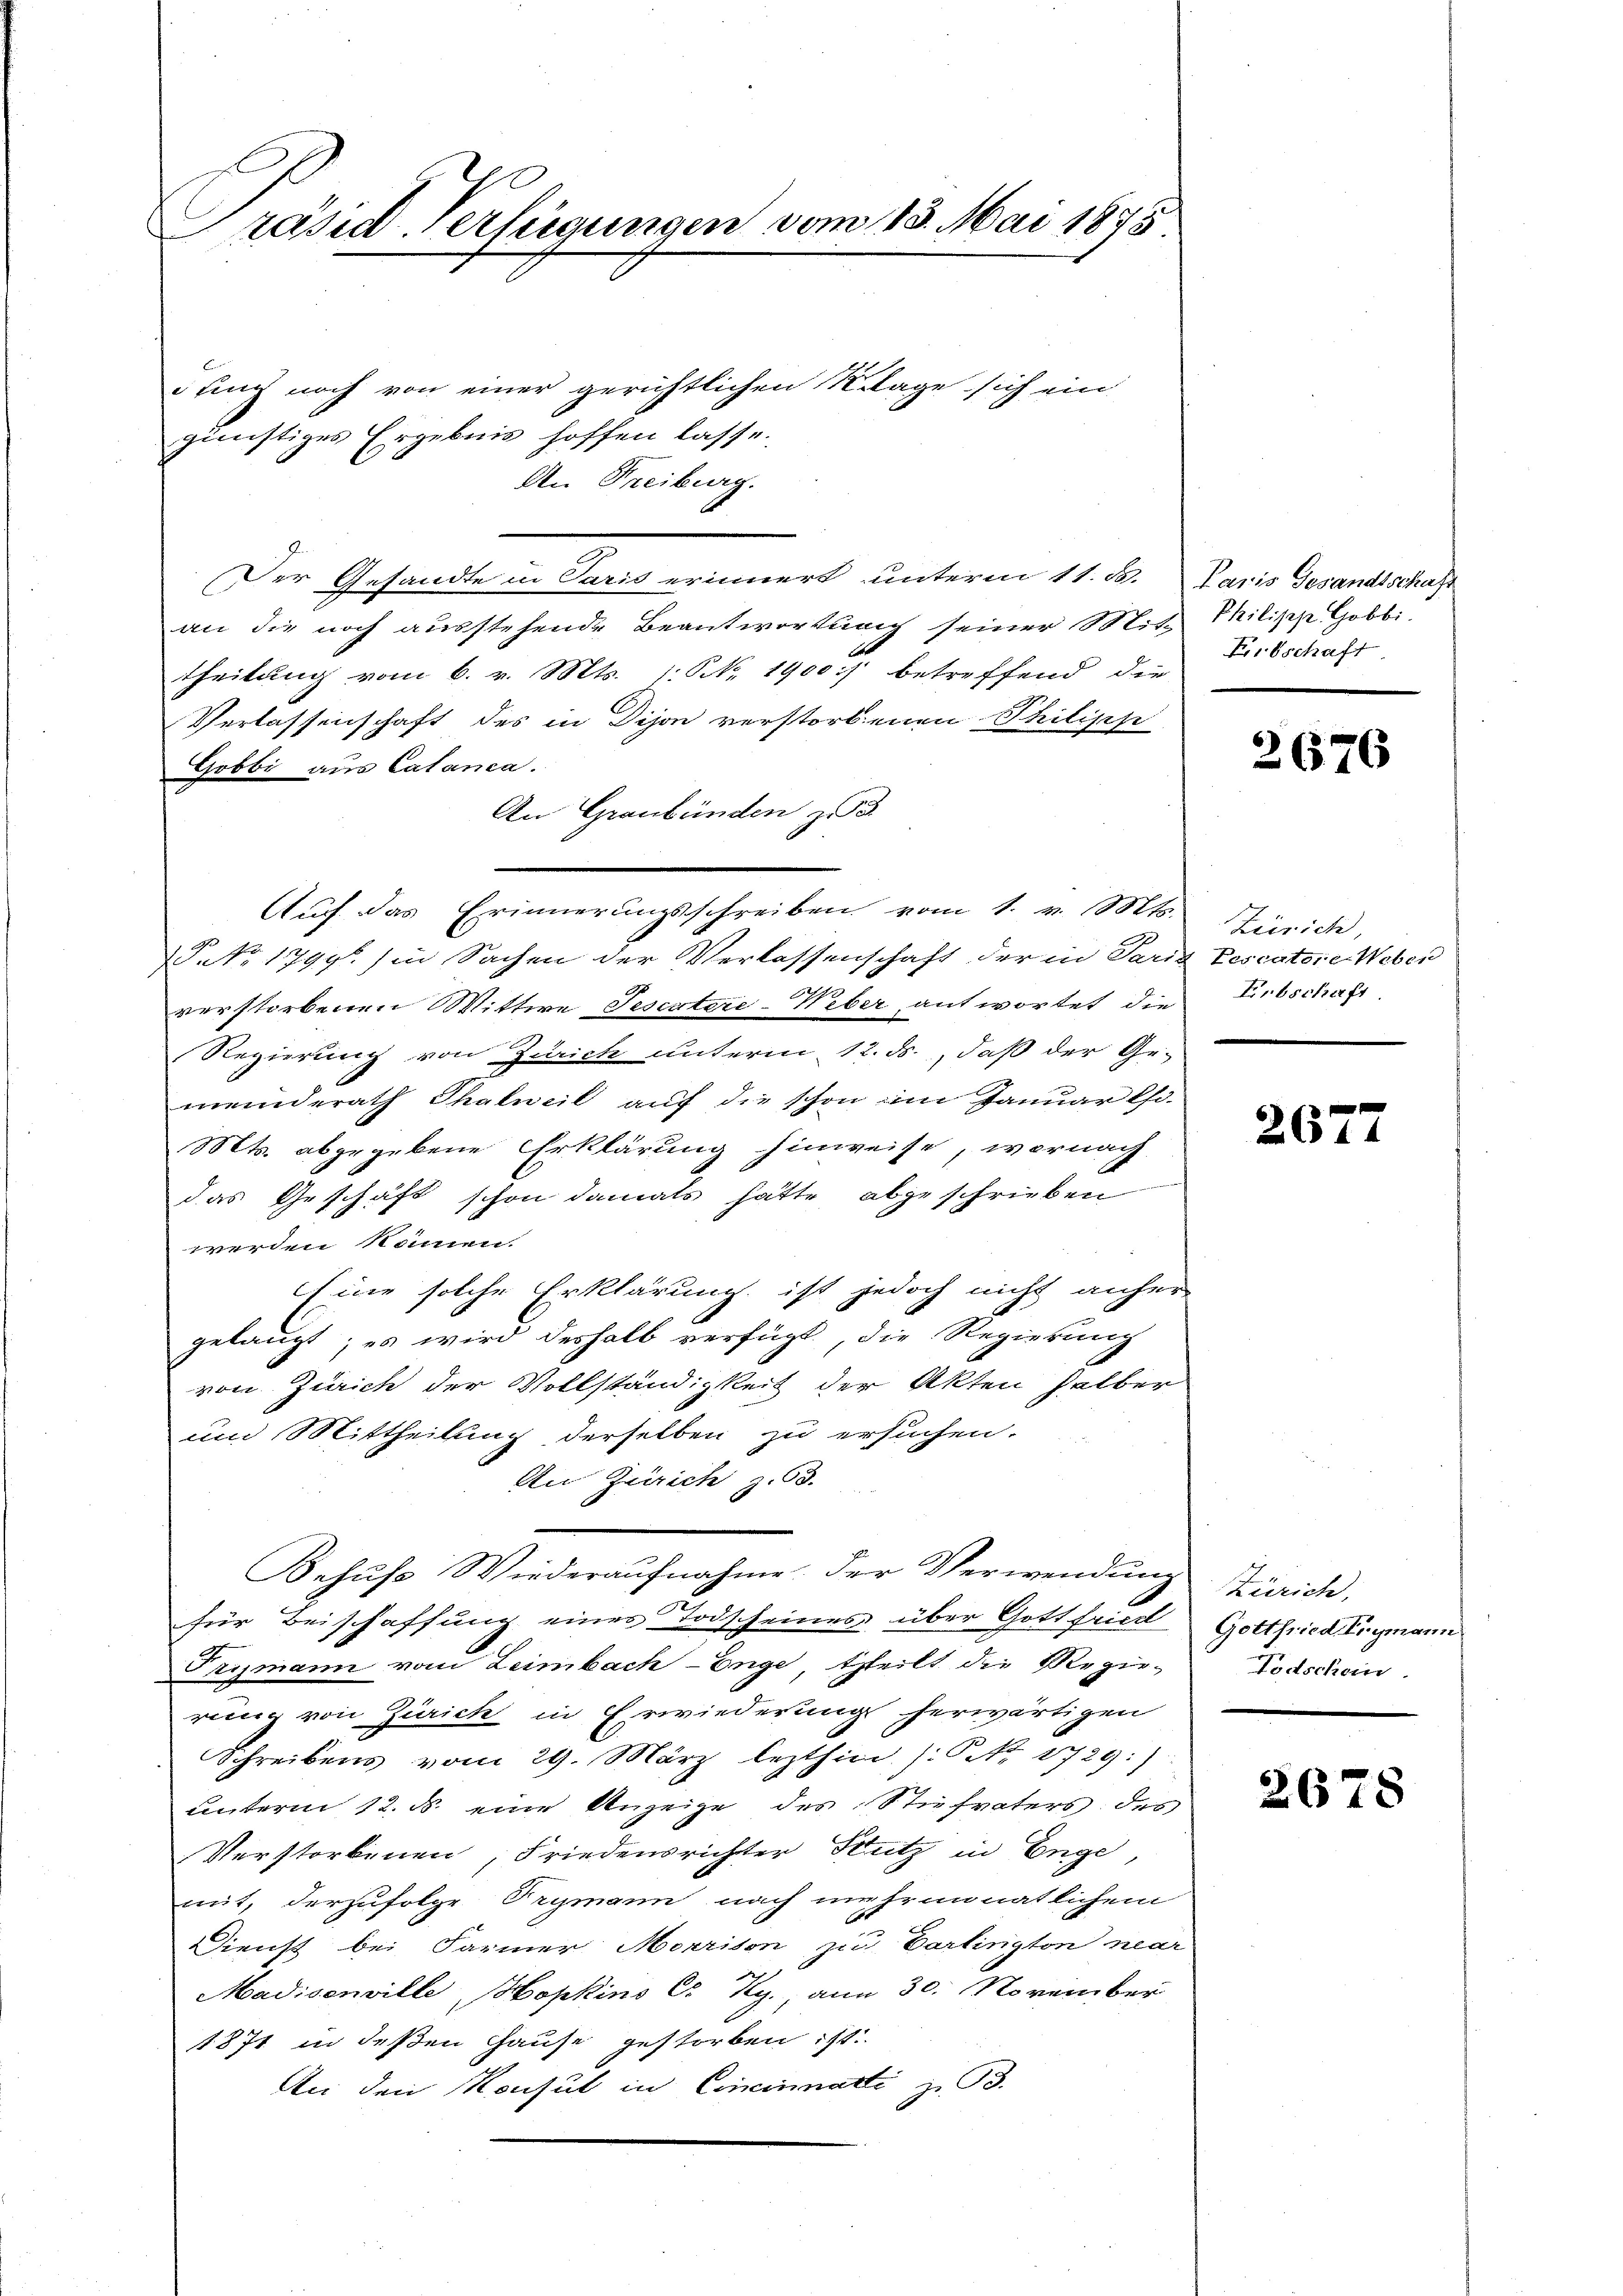
Präsid. Verfügungen vom 13. Mai 1875

fing noch von einer gerichtlichen Klage sich ein
günstiges Ergebnis hoffen lasse.
An Freiburg.
Der Gesandte in Paris erinnert unterm 11. B. Paris Gesandtschaft
an die noch ausstehende Beantwortung seiner Mit Philisch Gobbi-
theilung vom 6. v. Mts. 1. No. 1900 betreffend die
Verlassenschaft des in Dijon verstorbenen Philipp
Gobbi aus Catanea.
An Graubünden zu
P No 17996 (in Sachen der Verlassenschaft der in Paris Tescatore Weber
verstorbenen Wittwe Testateri-Weber antwortet die Erbschaft
Regierung von Zürich unterm 12. ds., daß der Ge-
meinderath Thalweil auf die schon im Januar Chi-
Mts. abgegebene Erklärung hinweise, wornach
das Geschäft schon damals hätte abgeschrieben
werden können.
Eine solche Erklärung, ist jedoch nicht anher
gelangt; es wird deshalb verfügt, die Regierung
von Zürich der Vollständigkeit der Akten halber
um Mittheilung derselben zu ersuchen.
An Zürich z. 63.
Behŭfs Wiederaŭfnahme der Verwendŭng Zürich,
für Beischaffung einer Todscheines über Gottfried Gottfried Ergmann
Prymann vom Leimbach-Enge, theilt die Regie-Todschein.
rung von Zürich in Erwiederung herwärtigen
Schreibens vom 29. März lezthin (: NNo. 1729:)
unterm 12. d. eine Anzeige des Stiefvaters des
Verstorbenen, Friedensrichter Stutz in Enge,
mit, derzufolge Trymann nach mehrmonatlichem
Dienst bei Farmer Morrison zu Carlington near
Madisenville Hopkins C. Ky., am 30. November
1871 in deßen Hause gestorben ist.
An den Konsul in Cincinnatti z. B.

Auf das Erinnerungsschreiben vom 1. v. Mts.

Erbschaft

2676

Zürich,

2677

2678